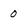
Character: 0